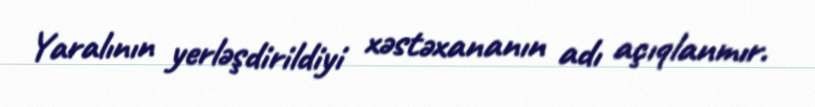
Yaralının yerləşdirildiyi xəstəxananın adı açıqlanmır.